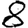
Digit: 8